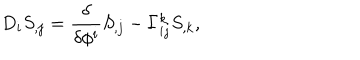
D _ { i } S _ { , j } = { \frac { \delta } { \delta \phi ^ { i } } } S _ { , j } - \Gamma _ { i j } ^ { k } S _ { , k } ,